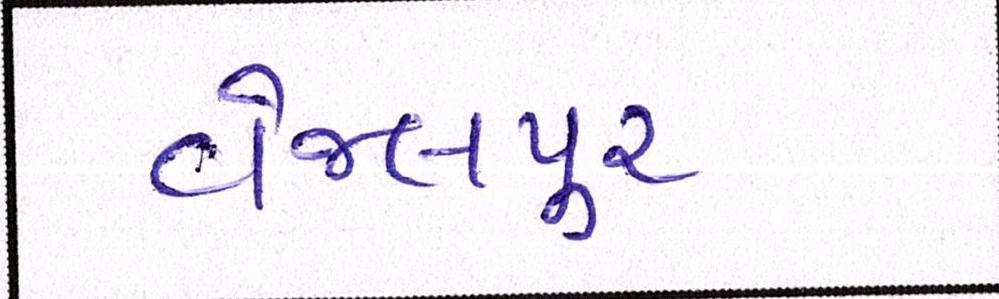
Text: વેજલપુર